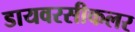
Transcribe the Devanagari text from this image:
डायवरसीकलर